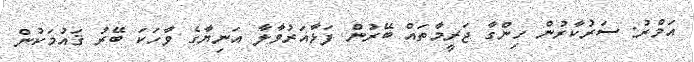
އަމްރު: ސަރުކާރުން ހިންގާ ޖަރީމާތައް ބޭރުން ފަޅާއަރުވާލާ އަނިޔާގެ ވާހަކަ ބޭރު ޤައުމަކުން